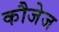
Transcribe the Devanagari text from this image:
कौजेज